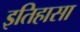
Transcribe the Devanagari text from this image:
इतिहासा